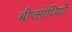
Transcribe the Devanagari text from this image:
बीजग्रंथियों